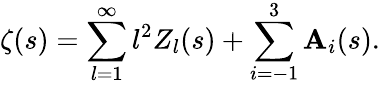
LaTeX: \zeta(s)=\sum_{l=1}^{\infty}l^{2}Z_{l}(s)+\sum_{i=-1}^{3}\mathbf{A}_{i}(s).